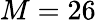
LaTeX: M=26